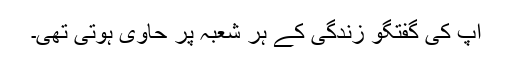
آپ کی گفتگو زندگی کے ہر شعبہ پر حاوی ہوتی تھی۔